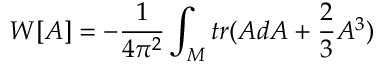
W [ A ] = - \frac { 1 } { 4 \pi ^ { 2 } } \int _ { M } t r ( A d A + \frac { 2 } { 3 } A ^ { 3 } )